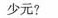
少元?